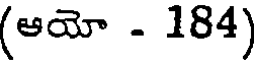
(ఆయో - 184)